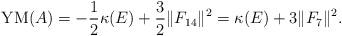
LaTeX: \begin{gather*}{\rm YM}(A)=-\frac{1}{2}\kappa (E)+\frac{3}{2}\Vert F_{14}\Vert^{2} =\kappa (E)+3 \Vert F_{7} \Vert^{2}.\end{gather*}